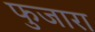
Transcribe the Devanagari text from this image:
फुजारा